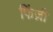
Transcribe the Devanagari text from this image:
फिंज़ी